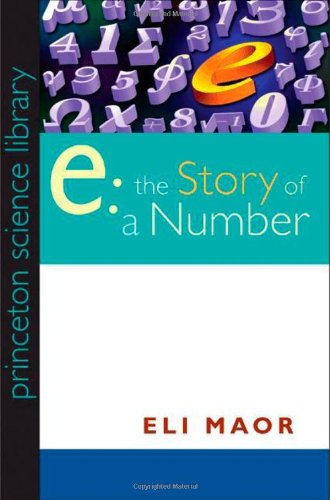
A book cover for e: The Story of a Number (Princeton Science Library); Eli Maor; Science & Math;